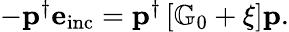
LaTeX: \begin{array}{r}{-\mathbf{p}^{\dagger}\mathbf{e}_{\mathrm{inc}}=\mathbf{p}^{\dagger}\left[\mathbb{G}_{0}+\xi\right]\mathbf{p}.}\end{array}